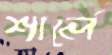
শার্লে